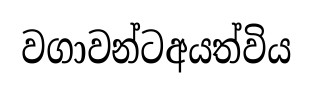
වගාවන්ටඅයත්විය